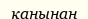
қанынан